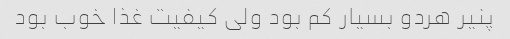
پنیر هردو بسیار کم بود ولی کیفیت غذا خوب بود